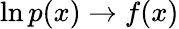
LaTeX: \ln{p(x)}\rightarrow f(x)